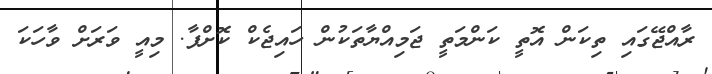
ރާއްޖޭގައި ތިކަން އޮތީ ކަންމަތީ ޖަމިއްޔާތަކުން ހައިޖެކް ކޮށްފާ. މިއީ ވަރަށް ވާހަކަ